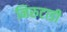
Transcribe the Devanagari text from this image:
निरुटाडी